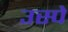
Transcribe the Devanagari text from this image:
उस्पे